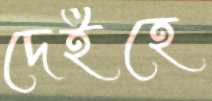
দেইহে